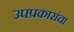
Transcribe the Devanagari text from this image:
उपप्रकारांचा